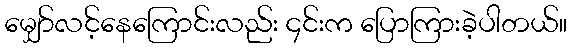
မျှော်လင့်နေကြောင်းလည်း ၄င်းက ပြောကြားခဲ့ပါတယ်။